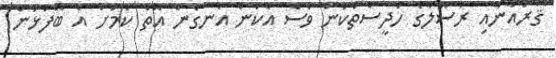
ޤުރުއާނާއި ރަސޫލާގެ ހަދީސްތަކުން ވެސް އެކަން އެނގެން އޮތް ކަމަށް އެ ބޭފުޅުން